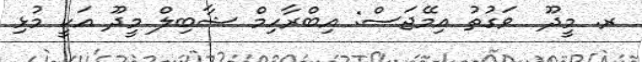
ރ. މީދޫ  ވަގުތު އިމޭޖަސް: އިބްރާހިމް ޝާބިލް މީދޫ އަކީ މުޅި